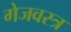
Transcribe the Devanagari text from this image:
गेजवस्त्र